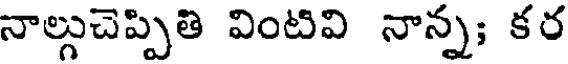
నాల్గుచెప్పితి వింటివి నాన్న; కర